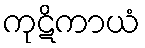
ကုဋိကာယံ